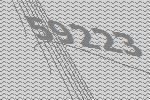
59223